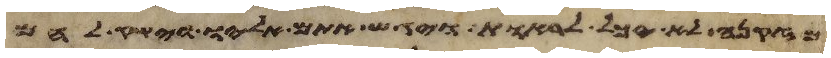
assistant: מזקנה לא יכל לראות ויגש אתם אליו וישק להם